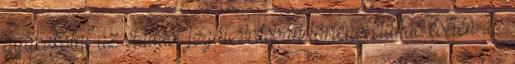
gyakorolni az elállási jogát. Írásban történő elállás esetén az